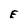
Character: E